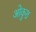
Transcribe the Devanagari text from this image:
ओकुरा